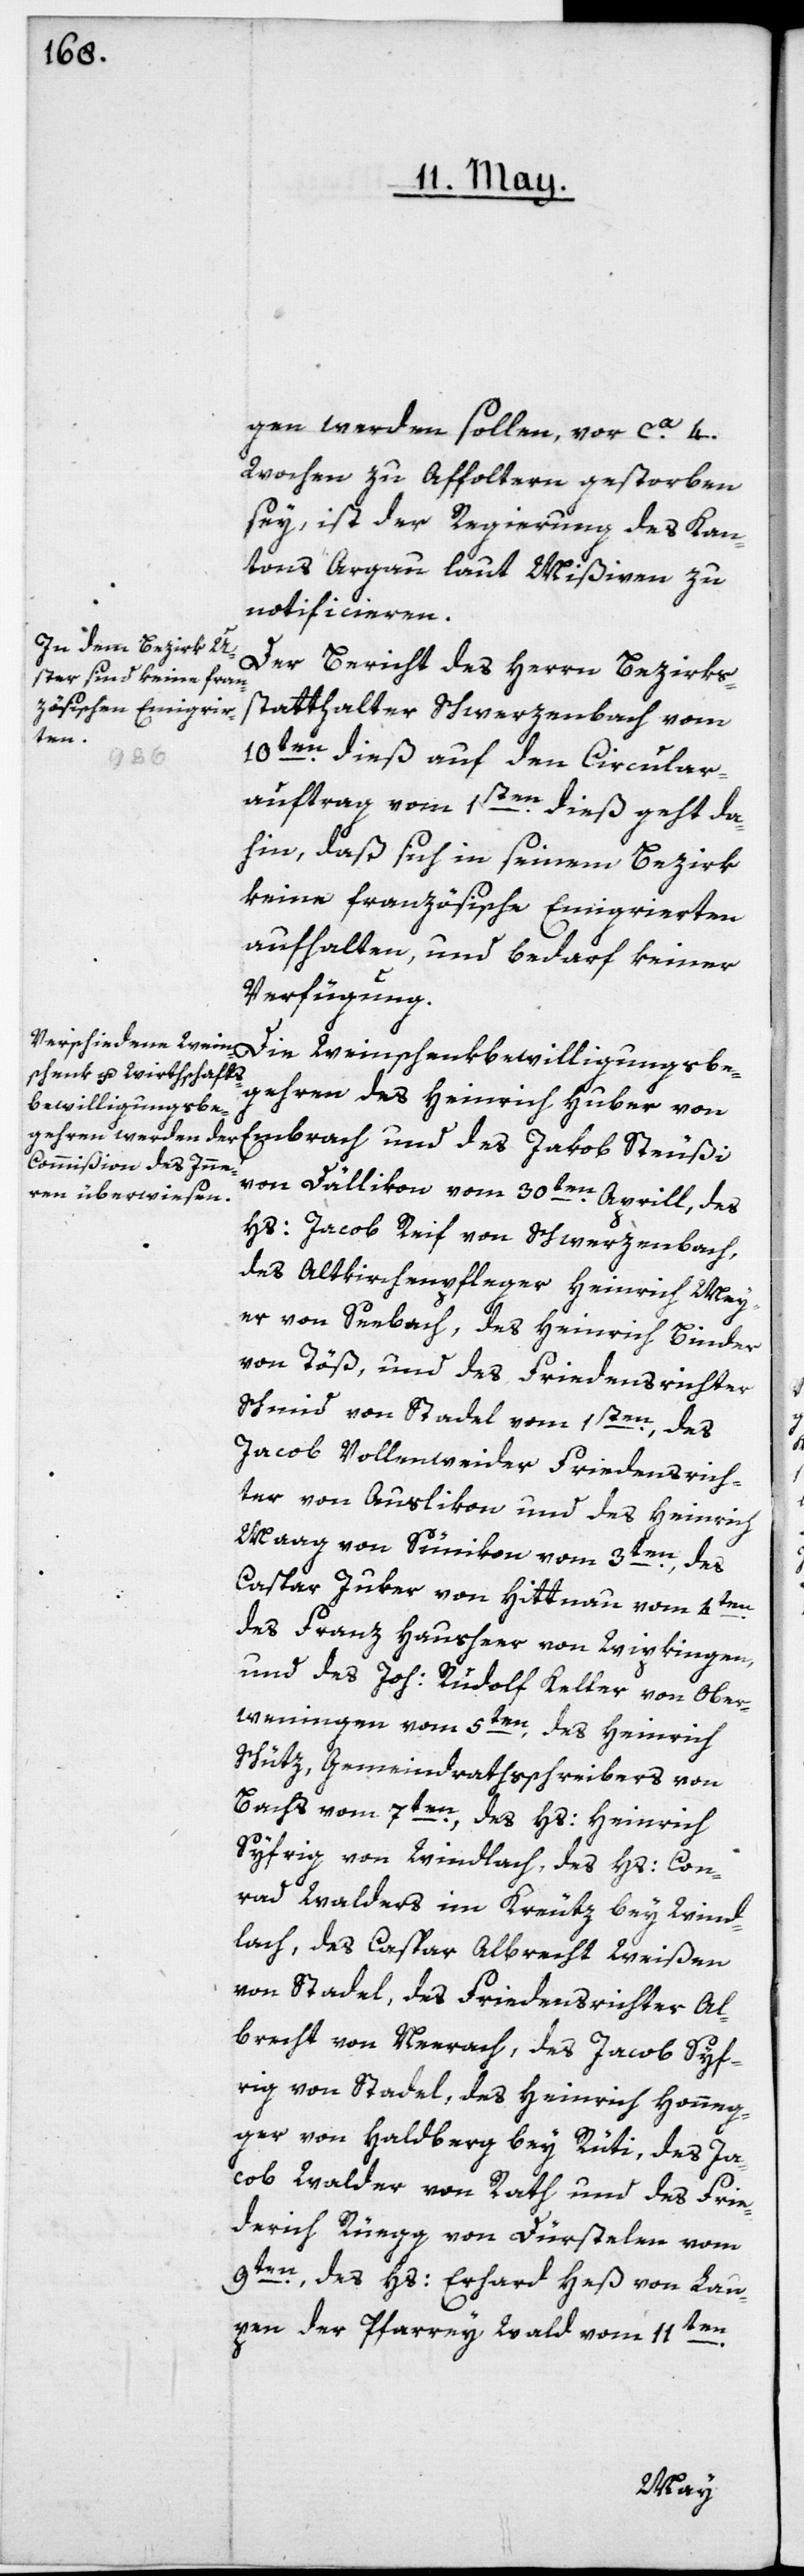
gen werden sollen, vor ca. 4.
Wochen zu Affoltern gestorben
sey, ist der Regierung des Kan¬
tons Argau laut Mißiven zu
notificieren.
Der Bericht des Herrn Bezirks¬
statthalter Schwerzenbach vom
10ten dieß auf den Circular¬
auftrag vom 1sten dieß geht da¬
hin, daß sich in seinem Bezirk
keine französische Emigrierten
aufhalten, und bedarf keiner
Verfügung.
Die Weinschenkbewilligungsbe¬
gehren des Heinrich Huber von
Embrach und des Jakob Steußi
von Dällikon vom 30ten Aprill, des
Hs: Jacob Reif von Schwerzenbach,
des Altkirchenpfleger Heinrich Mey¬
er von Seebach, des Heinrich Binder
von Töß, und des Friedensrichter
Schmid von Stadel, vom 1sten, des
Jacob Vollenweider Friedensrich¬
ter von Auslikon und des Heinrich
Maag von Sünikon, vom 3ten, des
Caspar Zuber von Hittnau vom 4ten,
des Franz Hausheer von Wipkingen,
und des Joh: Rudolf Keller von Ober¬
weningen vom 5ten, des Heinrich
Schütz, Gemeindrathsschreibers von
Bachs, vom 7ten, des Hs: Heinrich
Syfrig von Windlach; des Hs. Con¬
rad Walders im Kreutz bey Wind¬
lach, des Caspar Albrecht Weißen
von Stadel, des Friedensrichter Al¬
brecht von Neerach, des Jacob Syf¬
rig von Stadel, des Heinrich Honeg¬
ger von Haldberg bey Rüti, des Ja¬
cob Walder von Rath, und des Frie¬
derich Rüegg von Dürstelen vom
9ten, des Hs: Erhard Heß von Lau¬
pen der Pfarrey Wald vom 11ten